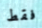
فقط